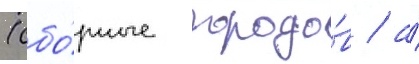
(сбо́рные городо́в / а́